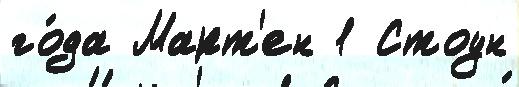
го́да Март'ен 1 Стоун